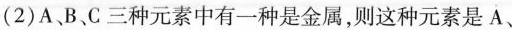
(2)A、B、C三种元素中有一种是金属，则这种元素是A、